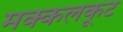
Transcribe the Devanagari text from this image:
मक्कलकूट